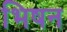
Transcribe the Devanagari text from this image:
भिषन